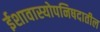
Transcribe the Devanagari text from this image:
ईशावास्योपनिषदातील